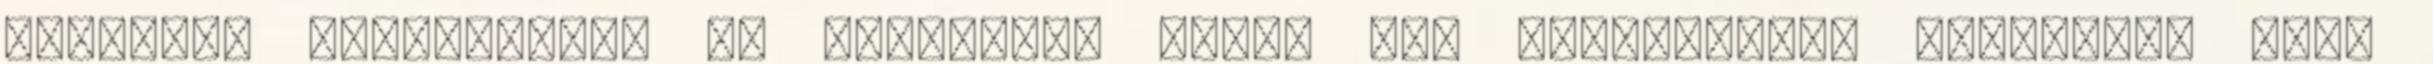
védekező álláspontot és kialakult benne egy megfelelési kényszer, hogy